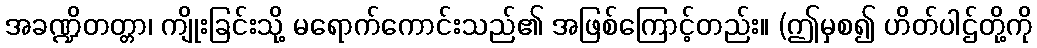
အခဏ္ဍိတတ္တာ၊ ကျိုးခြင်းသို့ မရောက်ကောင်းသည်၏ အဖြစ်ကြောင့်တည်း။ (ဤမှစ၍ ဟိတ်ပါဌ်တို့ကို